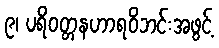
၉၊ ပရိဝတ္တနဟာရဝိဘင်းအဖွင့်